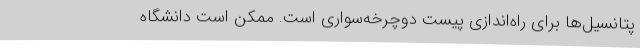
پتانسیل‌ها برای راه‌اندازی پیست دوچرخه‌سواری است. ممکن است دانشگاه